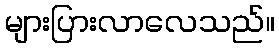
များပြားလာလေသည်။